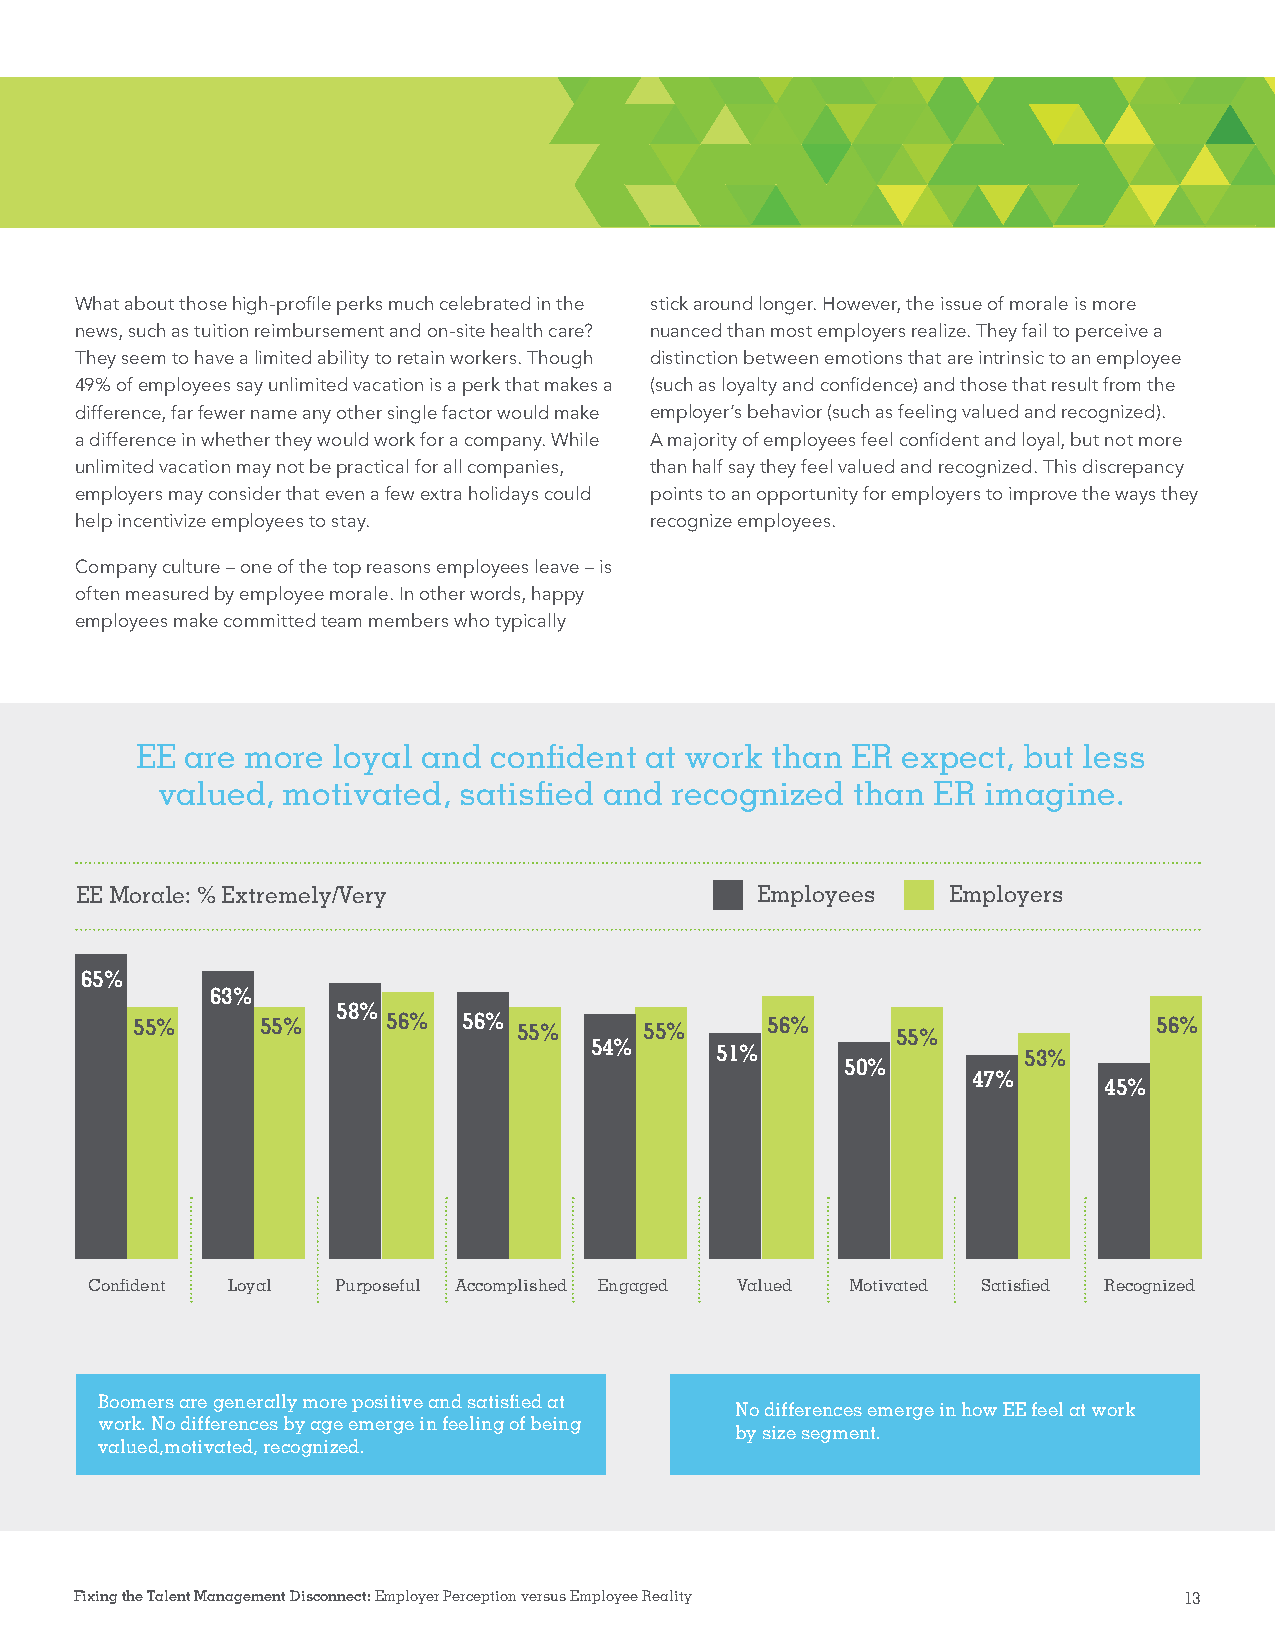
What about those high-profi le perks much celebrated in the stick around longer. However, the issue of morale is more
 news, such as tuition reimbursement and on-site health care? nuanced than most employers realize. They fail to perceive a
 They seem to have a limited ability to retain workers. Though distinction between emotions that are intrinsic to an employee
 49% of employees say unlimited vacation is a perk that makes a (such as loyalty and confi dence) and those that result from the
 difference, far fewer name any other single factor would make employer’s behavior (such as feeling valued and recognized).
 a difference in whether they would work for a company. While A majority of employees feel confi dent and loyal, but not more
 unlimited vacation may not be practical for all companies, than half say they feel valued and recognized. This discrepancy
 employers may consider that even a few extra holidays could points to an opportunity for employers to improve the ways they
 help incentivize employees to stay.   recognize employees.
 Company culture – one of the top reasons employees leave – is
 often measured by employee morale. In other words, happy
 employees make committed team members who typically
 EE are more  loyal and confi dent at work than ER  expect, but less
 valued,  motivated, satisfi ed and recognized than  ER imagine.
 EE Morale: % Extremely/Very                  Employees    Employers
 65%
 63%
 58%
 55%     55%      56%  56% 55%     55%     56%     55%               56%
 54%
 51%                  53%
 50%
 47%
 45%
 Confi dent Loyal Purposeful Accomplished Engaged Valued Motivated Satisfi ed Recognized
 Boomers are generally more positive and satisfi ed at
 No differences emerge in how EE feel at work
 work. No differences by age emerge in feeling of being
 by size segment.
 valued,motivated, recognized.
 Fixing the Talent Management Disconnect: Employer Perception versus Employee Reality 13